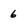
Character: 6